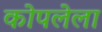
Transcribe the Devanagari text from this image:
कोपलेला